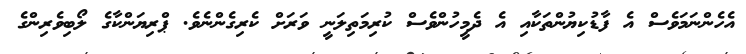
އެހެންނަމަވެސް އެ ފާޑުކިޔުންތަކާއި އެ ދެމީހުންވެސް ކުރިމަތިލަނީ ވަރަށް ކެރިގެންނެވެ. ޕްރިޔަންކާގެ ލޯބިވެރިންގެ